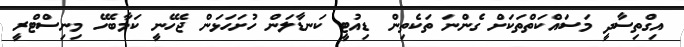
އިގްތިސާދީ މަސައްކަތްތަކަށް ގެންނަ ތަކެތިން ޑިއުޓީ ކަނޑާލަން ހުށަހަޅަން ޖެހޭނީ ކަމާބެހޭ މިނިސްޓްރީ